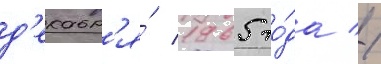
д'екабр'я́ 1965 го́да //